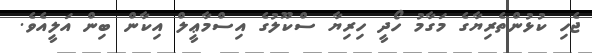
ޖެހި ކުޅުންތެރިޔާގެ މަގާމު ހޯދީ ހިރިޔާ ސްކޫލުގެ އިސްމާޢީލް އިކާން ބިން އަލީއެވެ.